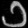
Digit: ၁